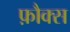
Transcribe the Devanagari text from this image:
फ़ौक्स